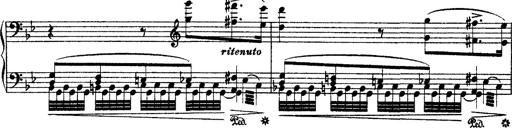
Title: Ã‰tudes d'exÃ©cution transcendante d'aprÃ¨s Paganini
Composer: Franz Liszt